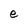
Character: e